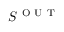
S ^ { \mathrm { ~ O ~ U ~ T ~ } }